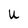
Character: u